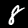
Digit: 8